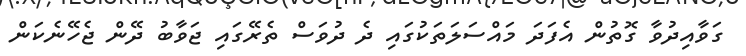
ގަވާއިދުވާ ގޮތުން އެފަދަ މައްސަލަތަކުގައި ދެ ދުވަސް ތެރޭގައި ޖަވާބު ދޭން ޖެހޭނެކަން